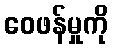
ဝေဖန်မှုကို